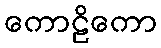
ကောဠိကော